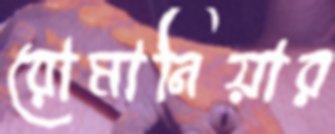
রোমানিয়ার